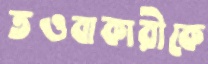
তওবাকারীকে